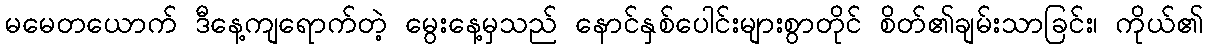
မမေတယောက် ဒီနေ့ကျရောက်တဲ့ မွေးနေ့မှသည် နောင်နှစ်ပေါင်းများစွာတိုင် စိတ်၏ချမ်းသာခြင်း၊ ကိုယ်၏